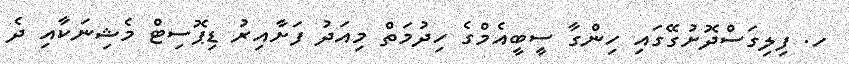
ހ. ފިލިގަސްދޮށުގޭގައި ހިންގާ ސީބީއެމްގެ ހިދުމަތް މިއަދު ފަށާއިރު ޑިޕޮސިޓް މެޝިނަކާއި ދެ